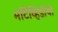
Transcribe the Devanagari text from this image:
माँटेव्हिडीयो